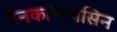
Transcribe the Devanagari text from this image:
वैनकॉमायसिन